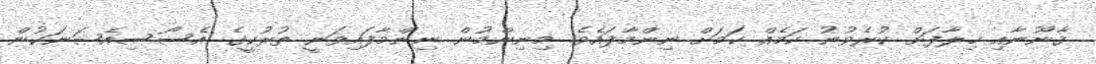
ޤާނޫނާއި ޚިލާފަށް ކުރެވުނު ކަމެއް ކަމަށް ނިންމާފައެވެ. މިނިންމުން ނިންމާފައިވަނީ ތުރުކީގެ އެސޯސިއެޝަނަކުން